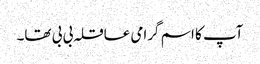
آپ کا اسم گرامی عاقلہ بی بی تھا۔